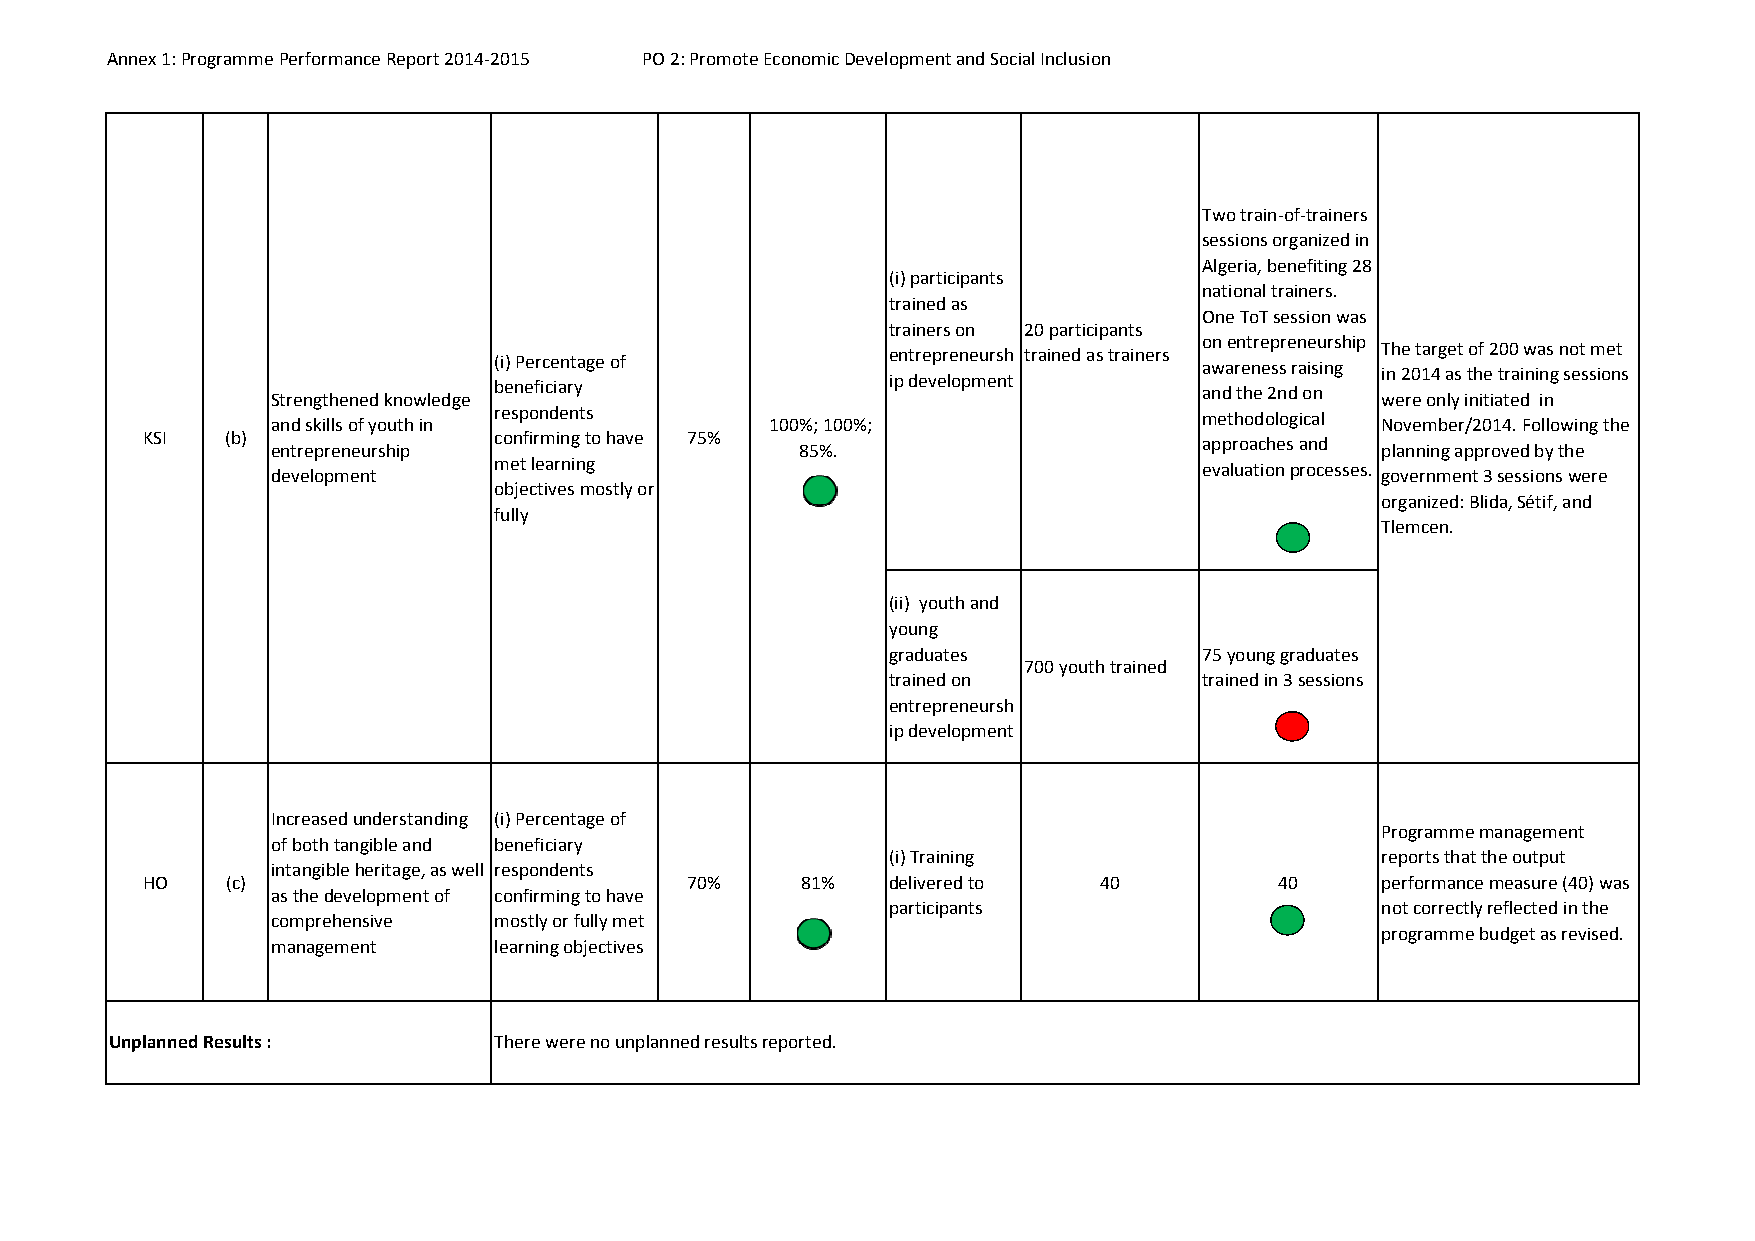
Annex 1: Programme Performance Report 2014‐2015 PO 2: Promote Economic Development and Social Inclusion
 Two train‐of‐trainers
 sessions organized in
 Algeria, benefiting 28
 (i) participants
 national trainers.
 trained as
 One ToT session was
 trainers on 20 participants
 on entrepreneurship
 The target of 200 was not met
 entrepreneursh trained as trainers
 (i) Percentage of
 awareness raising
 in 2014 as the training sessions
 ip development
 beneficiary
 and the 2nd on
 Strengthened knowledge                                                   were only initiated in
 respondents
 methodological
 and skills of youth in           100%; 100%;                             November/2014. Following the
 KSI   (b)               confirming to have 75%                         approaches and
 entrepreneurship                   85%.                                  planning approved by the
 met learning                                   evaluation processes.
 development                                                              government 3 sessions were
 objectives mostly or
 organized: Blida, Sétif, and
 fully
 Tlemcen.
 (ii) youth and
 young
 graduates            75 young graduates
 700 youth trained
 trained on           trained in 3 sessions
 entrepreneursh
 ip development
 Increased understanding (i) Percentage of
 Programme management
 of both tangible and beneficiary
 (i) Training                    reports that the output
 intangible heritage, as well respondents
 HO    (c)                           70%     81%   delivered to  40          40    performance measure (40) was
 as the development of confirming to have
 participants                    not correctly reflected in the
 comprehensive  mostly or fully met
 programme budget as revised.
 management     learning objectives
 Unplanned Results :       There were no unplanned results reported.